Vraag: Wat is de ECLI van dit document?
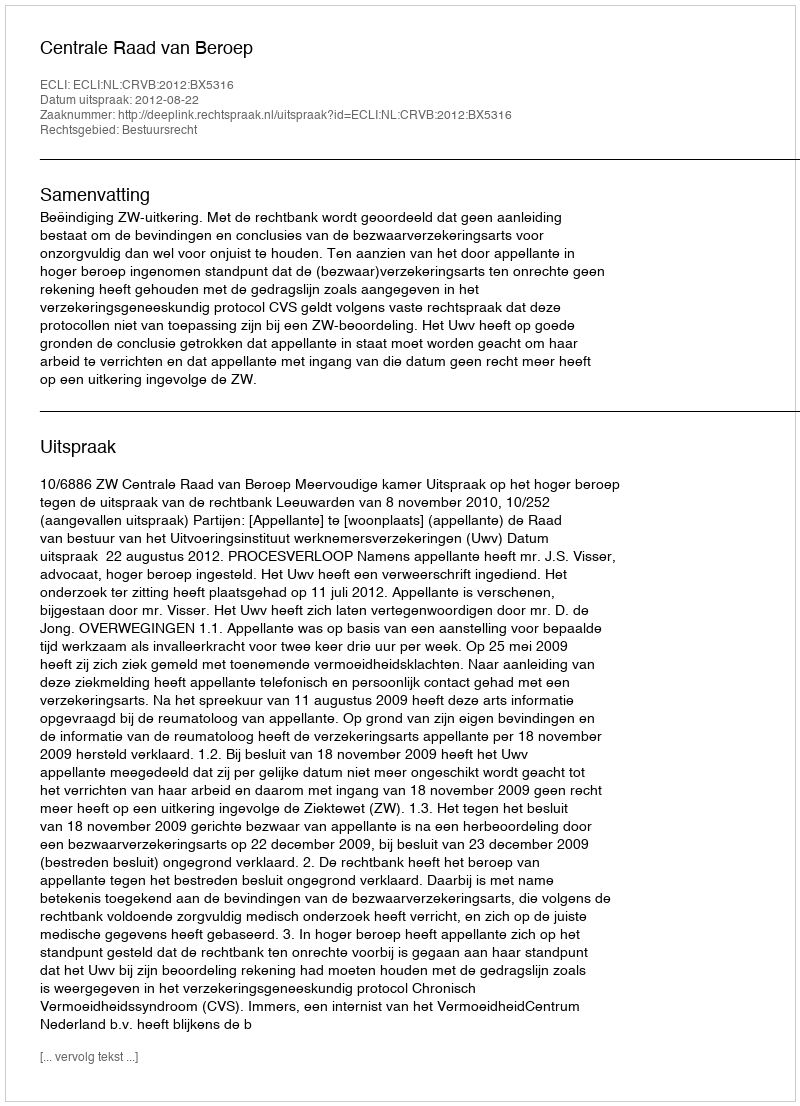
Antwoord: ECLI:NL:CRVB:2012:BX5316